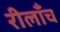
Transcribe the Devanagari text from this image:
रीलाँच